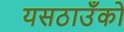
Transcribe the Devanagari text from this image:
यसठाउँको